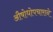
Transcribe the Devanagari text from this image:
औषोधोपचाराने